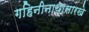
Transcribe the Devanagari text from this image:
गहिनीनाथासारखे